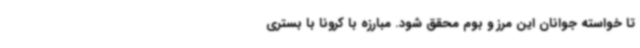
تا خواسته جوانان این مرز و بوم محقق شود. مبارزه با کرونا با بستری